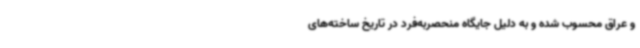
و عراق محسوب شده و به دلیل جایگاه منحصربه‌فرد در تاریخ ساخته‌های